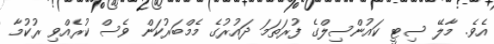
އެވެ. މާލޭ ސިޓީ ކައުންސިލްގެ ފުރަތަމަ ދައުރުގެ މެމްބަރުކަން ވެސް ކުރެއްވި ރުކުމާ